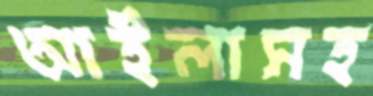
আইলাসহ